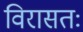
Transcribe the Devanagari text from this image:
विरासतः